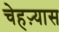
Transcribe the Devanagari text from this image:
चेहऱ्यास